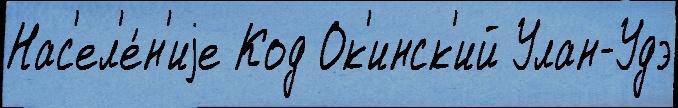
Нас'ел'е́н'иjе Код Ок'инск'ий Улан-Удэ